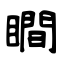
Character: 瞷